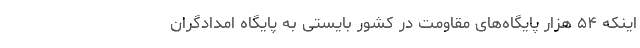
اینکه ۵۴ هزار پایگاه‌های مقاومت در کشور بایستی به پایگاه امدادگران